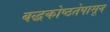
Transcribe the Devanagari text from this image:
बद्धकोष्ठतेपासून